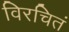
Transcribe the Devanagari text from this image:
विरचितं